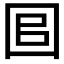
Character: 𡇑